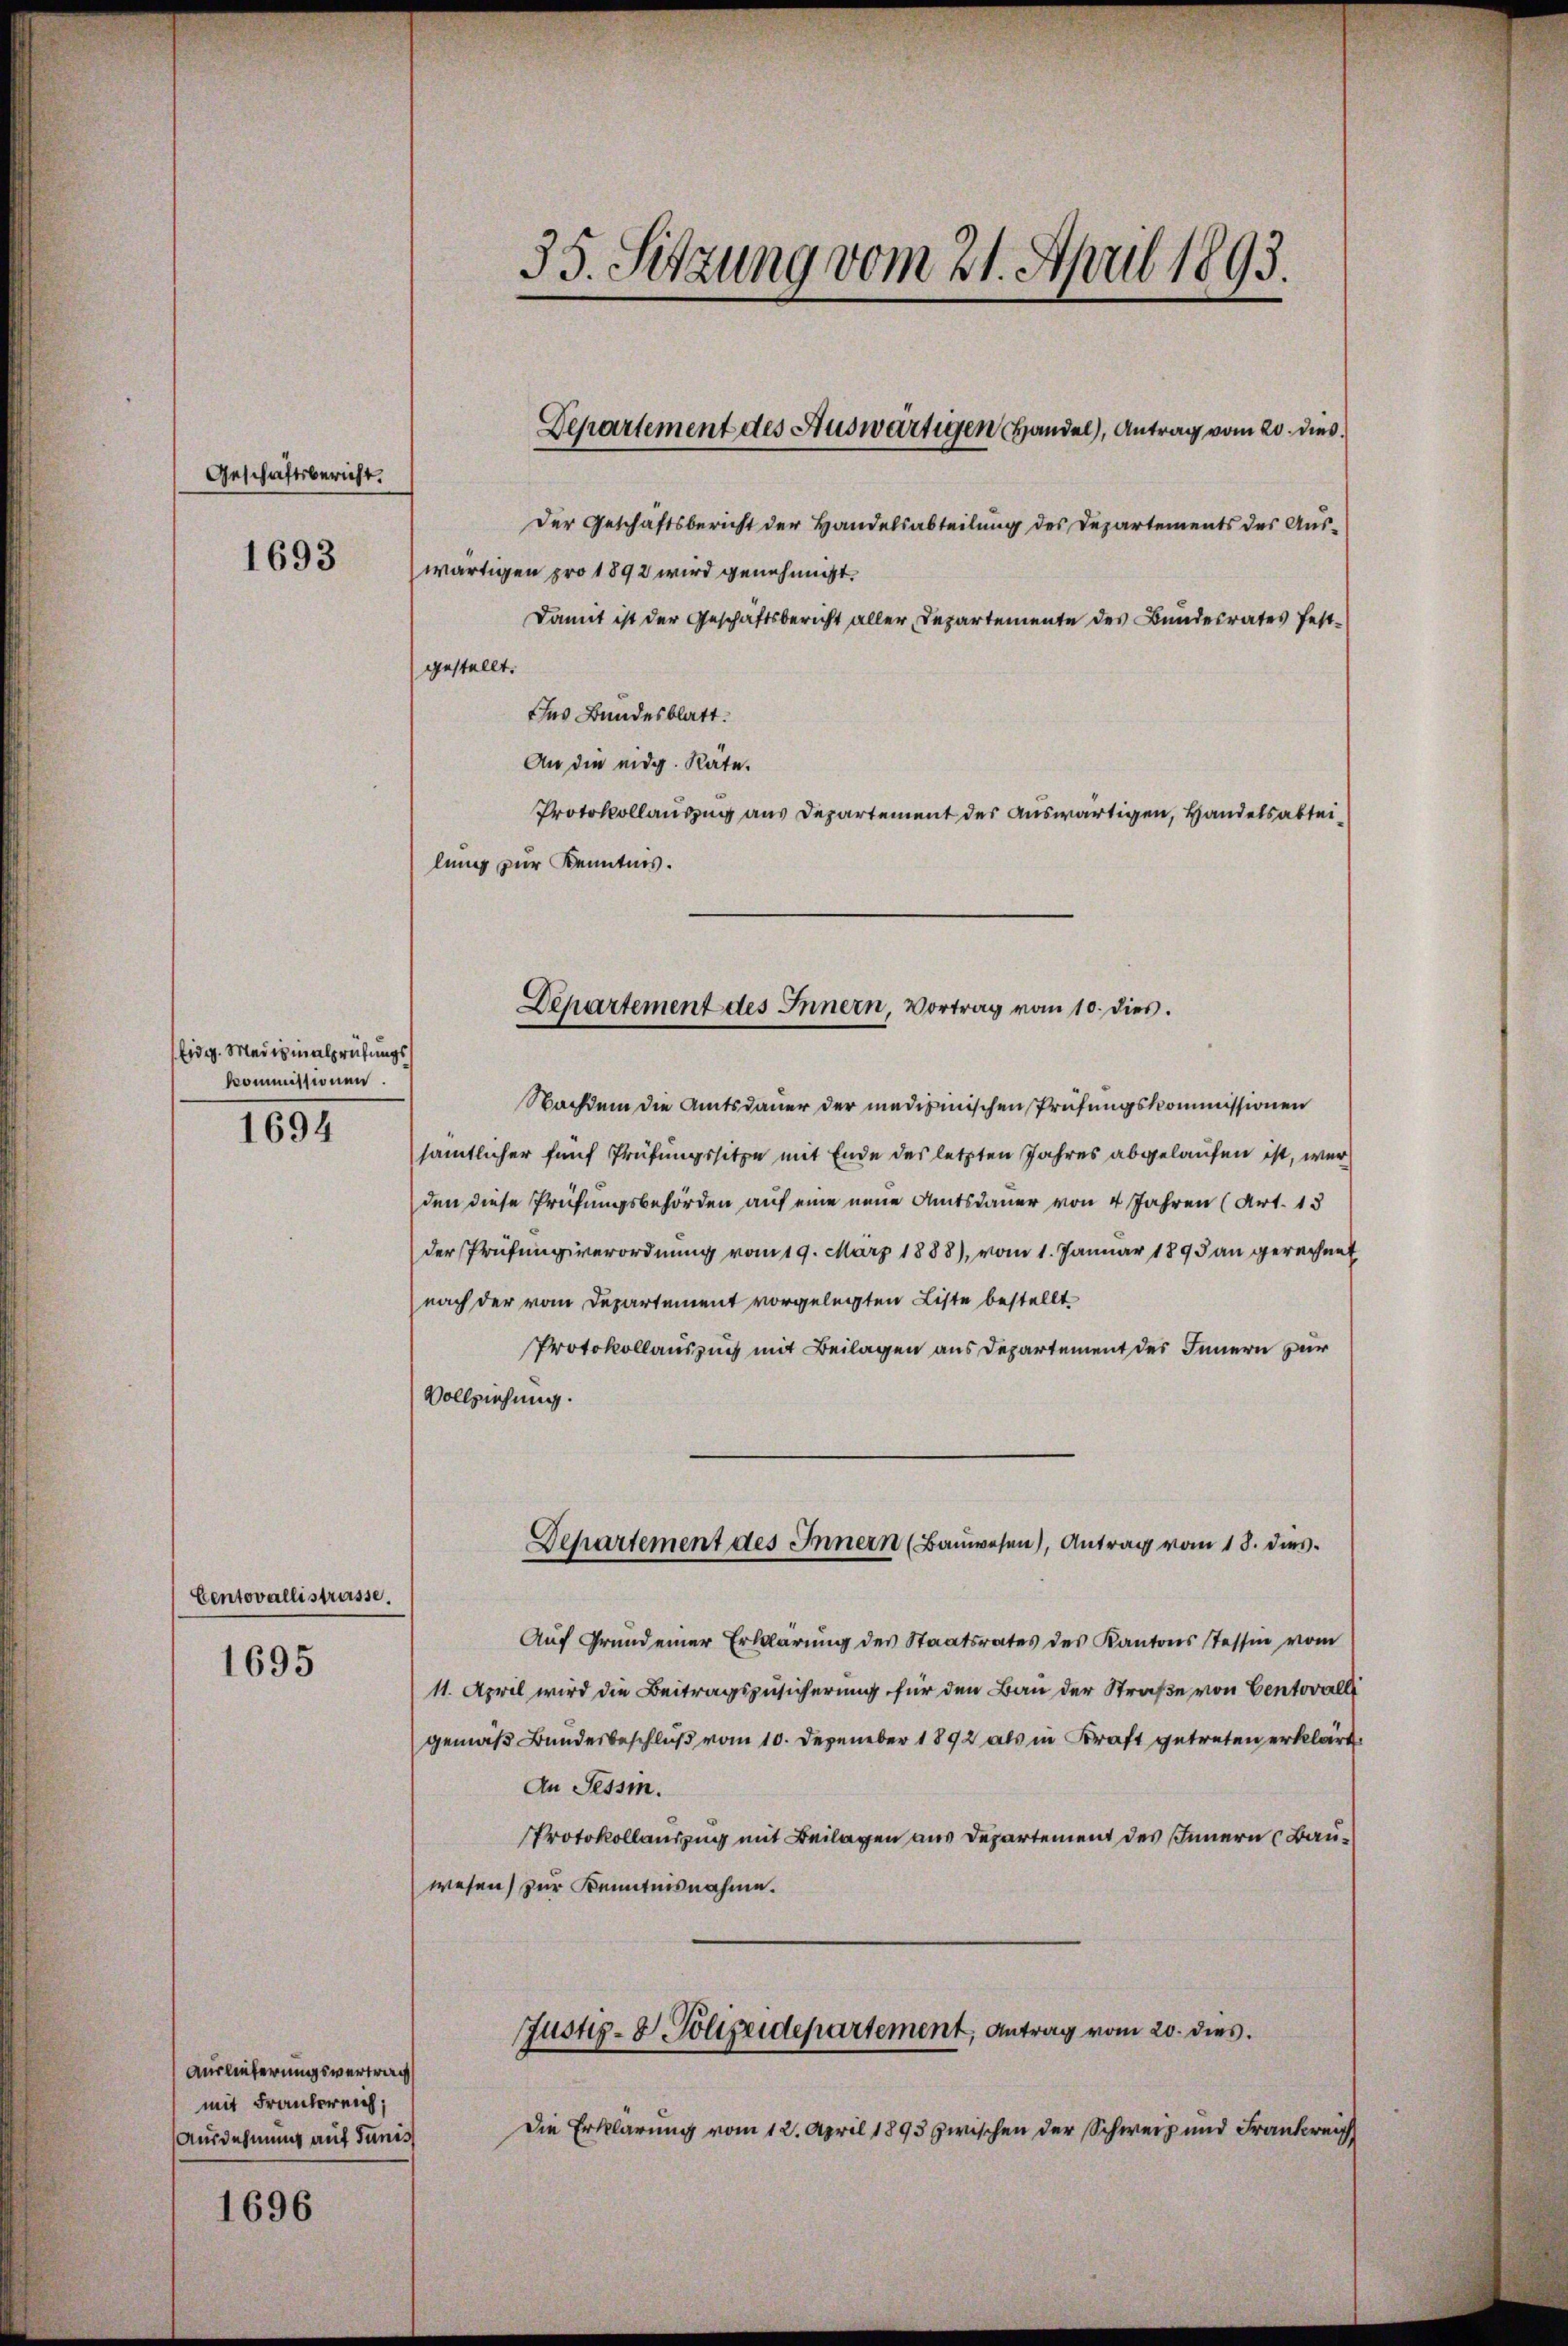
Geschäftsbericht.
1693

Eidg. Mariginalprüfungs
Kommissionen.
1694

Centovallistrasse.
1695

Auslieferungsvertrag
mit Frankreich;
Ausdehnung auf Junis

1696

Der Geschäftsbericht der Handelsabteilung des Departements des Aus-
wärtigen pro 1892 wird genehmigt.
Damit ist der Geschäftsbericht aller Departemente des Bundesrates festgestellt.
Ins Bundesblatt.
An die eidg. Räte.
Protokollauszug aus Departement des auswärtigen, Handelsabteilung zur Kenntnis.

35. Sitzung vom 21. April 1893.

Departement des Auswärtigen Handel, Antrag vom 20. dies

Departement des Innern, Vortrag vom 10. dies

Nachdem die Amtsdauer der medizinischen Prüfungskommissionen
sämtlicher fünf Prüfungssitze mit Ende des letzten Jahres abgelaufen ist, wer
den diese Prüfungsbehörden auf eine neue Amtsdauer von 4 Jahren (Art. 13
der Prüfungsverordnung vom 19. März 1888), vom 1. Januar 1895 an gerechnet
nach der vom Departement vorgelegten Liste bestellt
Protokollauszug mit Beilagen aus Departement des Innern zur
Vollziehung.
Auf Grund einer Erklärŭng des Staatsrates des Kantons Tessin vom
11. April wird die Beitragszusicherung für den Bau der Straße von Centovalli
gemäß Bundesbeschluß vom 10. Dezember 1892 als in Kraft getreten erklärt.
An Tessin.
Protokollauszug mit Beilagen aus Departement des Innern (Bauwesen) zur Kenntnisnahme.
Justiz-V. Polizeidepartement, Antrag vom 20. dies
Die Erklärung vom 12. April 1893 zwischen der Schweiz und Frankreich

Departement des Innern (Bauwesen), Antrag vom 18. dies